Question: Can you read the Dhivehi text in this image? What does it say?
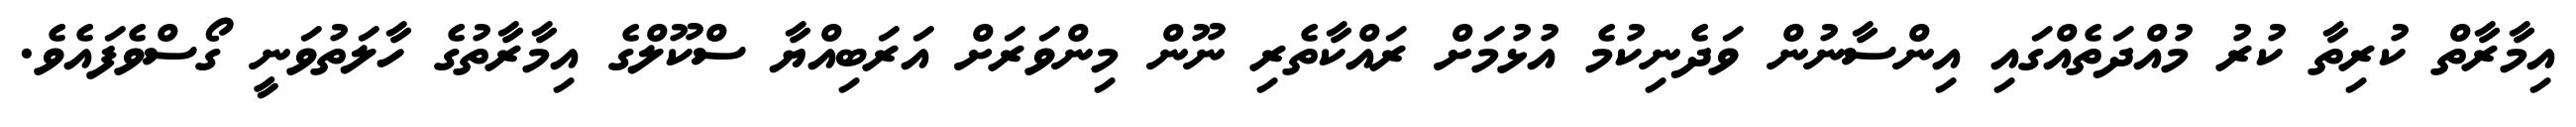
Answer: އިމާރާތް ކުރިތާ ކުރު މުއްދަތެއްގައި އިންސާނުން ވަދެނިކުމެ އުޅުމަށް ރައްކާތެރި ނޫން މިންވަރަށް އަރަބިއްޔާ ސްކޫލްގެ އިމާރާތުގެ ހާލަތުވަނީ ގޯސްވެފައެވެ.